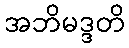
အဘိမဒ္ဒတိ